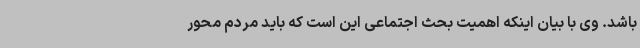
باشد. وی با بیان اینکه اهمیت بحث اجتماعی این است که باید مردم محور